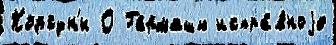
Корсун'и О Гармаши испра́вноjе